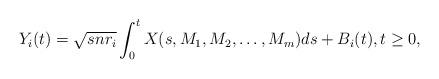
LaTeX: \begin{align*} Y_i(t) = \sqrt{snr_i} \int_0^t X(s, M_1, M_2, \ldots, M_m) ds + B_i(t), t \geq 0,\end{align*}